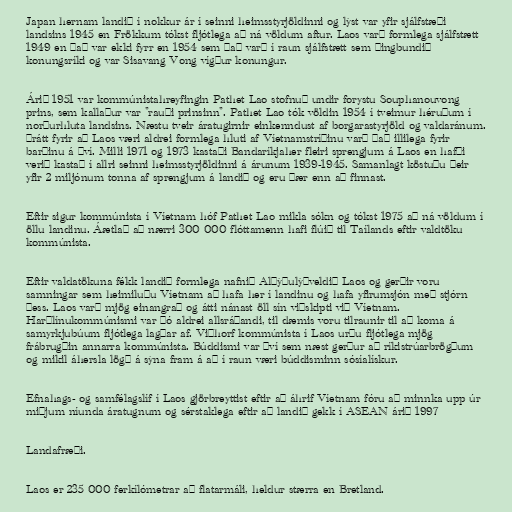
Japan hernam landið í nokkur ár í seinni heimsstyrjöldinni og lýst var yfir sjálfstæði
landsins 1945 en Frökkum tókst fljótlega að ná völdum aftur. Laos varð formlega sjálfstætt
1949 en það var ekki fyrr en 1954 sem það varð í raun sjálfstætt sem þingbundið
konungsríki og var Sisavang Vong vígður konungur.

Árið 1951 var kommúnistahreyfingin Pathet Lao stofnuð undir forystu Souphanouvong
prins, sem kallaður var "rauði prinsinn". Pathet Lao tók völdin 1954 í tveimur héruðum í
norðurhluta landsins. Næstu tveir áratugirnir einkenndust af borgarastyrjöld og valdaránum.
Þrátt fyrir að Laos væri aldrei formlega hluti af Víetnamstríðinu varð það illilega fyrir
barðinu á því. Milli 1971 og 1973 kastaði Bandaríkjaher fleiri sprengjum á Laos en hafði
verið kastað í allri seinni heimsstyrjöldinni á árunum 1939-1945. Samanlagt köstuðu þeir
yfir 2 miljónum tonna af sprengjum á landið og eru þær enn að finnast.

Eftir sigur kommúnista í Víetnam hóf Pathet Lao mikla sókn og tókst 1975 að ná völdum í
öllu landinu. Áætlað að nærri 300 000 flóttamenn hafi flúið til Taílands eftir valdtöku
kommúnista.

Eftir valdatökuna fékk landið formlega nafnið Alþýðulýðveldið Laos og gerðir voru
samningar sem heimiluðu Víetnam að hafa her í landinu og hafa yfirumsjón með stjórn
þess. Laos varð mjög einangrað og átti nánast öll sín viðskipti við Víetnam.
Harðlínukommúnismi var þó aldrei allsráðandi, til dæmis voru tilraunir til að koma á
samyrkjubúum fljótlega lagðar af. Viðhorf kommúnista í Laos urðu fljótlega mjög
frábrugðin annarra kommúnista. Búddismi var því sem næst gerður að ríkistrúarbrögðum
og mikil áhersla lögð á sýna fram á að í raun væri búddisminn sósíalískur.

Efnahags- og samfélagslíf í Laos gjörbreyttist eftir að áhrif Víetnam fóru að minnka upp úr
miðjum níunda áratugnum og sérstaklega eftir að landið gekk í ASEAN árið 1997

Landafræði.

Laos er 235 000 ferkílómetrar að flatarmáli, heldur stærra en Bretland.